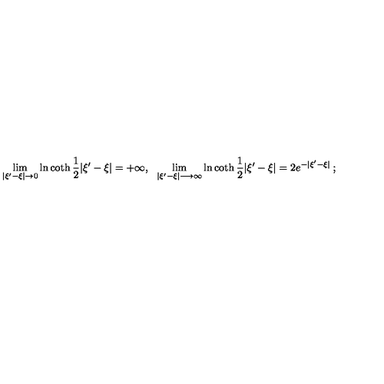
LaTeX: \lim _ { | \xi ^ { \prime } - \xi | \rightarrow 0 } \ln \coth \frac { 1 } { 2 } | \xi ^ { \prime } - \xi | = + \infty , \: \: \: \lim _ { | \xi ^ { \prime } - \xi | \longrightarrow \infty } \ln \coth \frac { 1 } { 2 } | \xi ^ { \prime } - \xi | = 2 e ^ { - | \xi ^ { \prime } - \xi | } \: ;